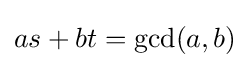
as+bt=\gcd(a,b)